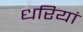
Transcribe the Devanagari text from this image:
धरियां